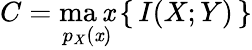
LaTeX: C=\operatorname*{ma\mathit{x}}_{p_{X}(\mathit{x})}\left\{ \, I(X;Y)\, \right\}